Civil Veterinary Department. Madras. Admin. report 1926-33 - 1926-1933
Year: 1926
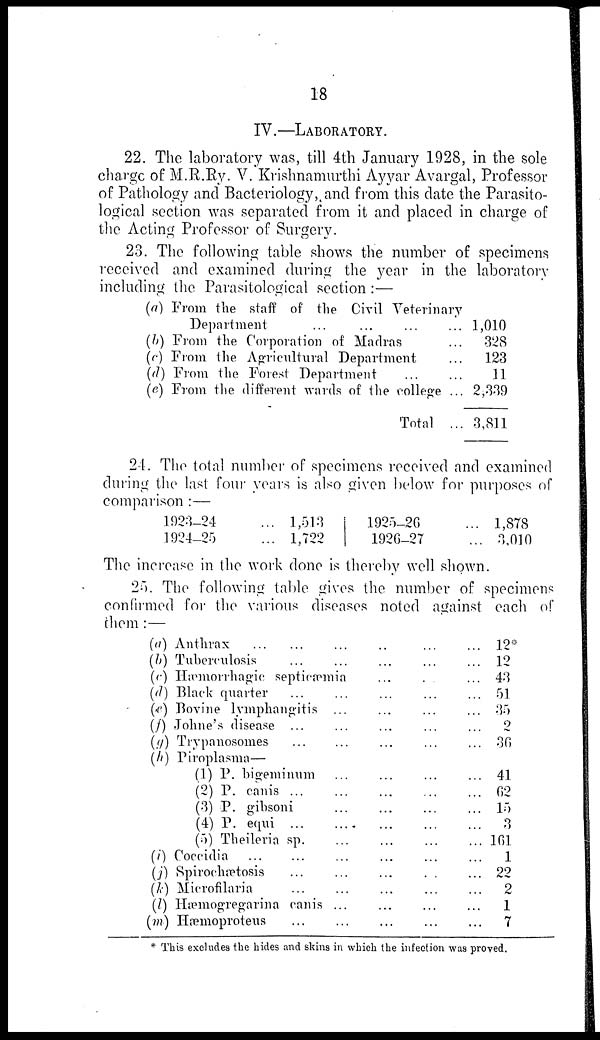
18
IV.—LABORATORY.
22. The laboratory was, till 4th January 1928, in the sole
charge of M.R.Ry. V. Krishnamurthi Ayyar Avargal, Professor
of Pathology and Bacteriology, and from this date the Parasito-
logical section was separated from it and placed in charge of
the Acting Professor of Surgery.
23. The following table shows the number of specimens
received and examined during the year in the laboratory
including the Parasitological section:—
(a) From the staff of the Civil Veterinary
Department
...
...
...
...
(b) From the Corporation of Madras ...
(c) From the Agricultural Department ...
(d) From the Forest Department
...
...
(e) From the different wards of the college ...
Total ...
1,010
328
123
11
2,339
3,811
24. The total number of specimens received and examined
during the last four years is also given below for purposes of
comparison:—
1923-24 ...
1924-25 ...
1,513
1,722
1925-26 ...
1926-27 ...
1,878
3,010
The increase in the work done is thereby well shown.
25. The following table gives the number of specimens
confirmed for the various diseases noted against each of
them:—
(a) Anthrax
...
...
...
(b) Tuberculosis
...
...
(c) Hæmorrhagic septicæmia
(d) Black quarter
...
...
(e) Bovine lymphangitis ...
(f) Johne's disease
...
...
(g) Trypanosomes
...
...
(h) Piroplasma—
(1) P. bigeminum ...
(2) P. canis
...
...
(3) P. gihsoni ...
(4) P. equi
...
...
(5) Theileria sp. ...
(i) Coceidia
...
...
...
(j) Spirochætosis
...
...
(k) Microfilaria
...
...
(l) Hæmogregarina canis ...
(m) Hæmoproteus
...
...
..
...
...
...
...
...
...
...
...
...
...
...
...
...
...
...
...
...
...
...
...
...
...
...
...
...
...
...
...
...
...
...
...
...
...
...
...
...
...
...
...
...
...
...
...
...
...
...
...
...
...
...
...
...
12*
12
43
51
35
2
30
41
62
15
3
161
1
22
2
1
7
* This excludes the hides and skins in which the infection was proved.